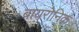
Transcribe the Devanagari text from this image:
बायरोनिक